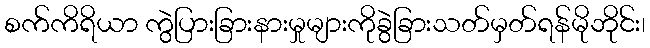
စက်ကိရိယာ ကွဲပြားခြားနားမှုများကိုခွဲခြားသတ်မှတ်ရန်မိုဘိုင်း၊